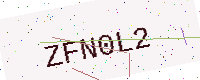
Text: ZFN0L2